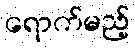
ရောက်မည့်